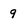
Character: 9